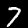
Digit: 7